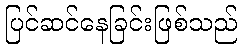
ပြင်ဆင်နေခြင်းဖြစ်သည်